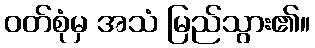
ဝတ်စုံမှ အသံ မြည်သွား၏။